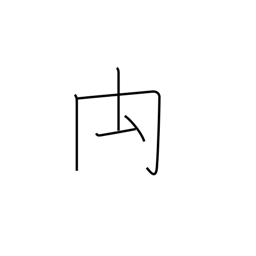
Meaning: rump